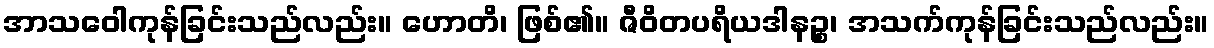
အာသဝေါကုန်ခြင်းသည်လည်း။ ဟောတိ၊ ဖြစ်၏။ ဇီဝိတပရိယဒါနဉ္စ၊ အသက်ကုန်ခြင်းသည်လည်း။